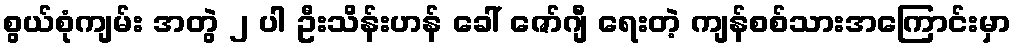
စွယ်စုံကျမ်း အတွဲ ၂ ပါ ဦးသိန်းဟန် ခေါ် ဇော်ဂျီ ရေးတဲ့ ကျန်စစ်သားအကြောင်းမှာ